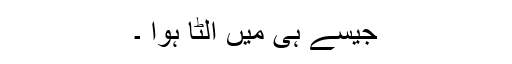
جیسے ہی میں الٹا ہوا ۔